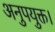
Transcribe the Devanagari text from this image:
अनुपयुक्त।